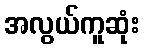
အလွယ်ကူဆုံး